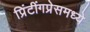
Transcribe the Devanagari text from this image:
प्रिंटींगप्रेसमध्ये